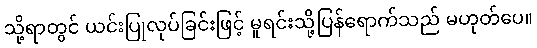
သို့ရာတွင် ယင်းပြုလုပ်ခြင်းဖြင့် မူရင်းသို့ပြန်ရောက်သည် မဟုတ်ပေ။